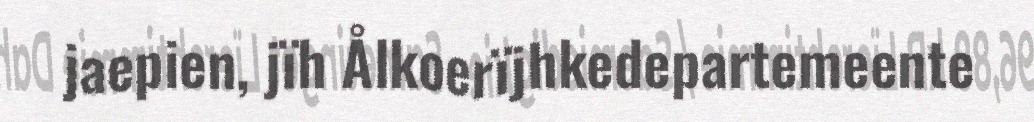
jaepien, jïh Ålkoerïjhkedepartemeente